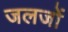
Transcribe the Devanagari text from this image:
जलजों